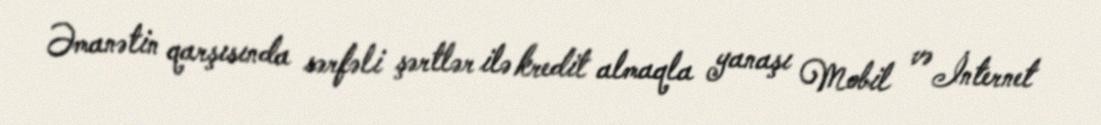
Əmanətin qarşısında sərfəli şərtlər ilə kredit almaqla yanaşı Mobil və İnternet